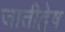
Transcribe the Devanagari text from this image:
जातीद्वेष